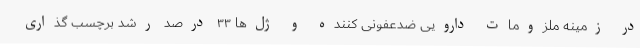
در زمینه ملزومات دارویی ضدعفونی کننده و ژل‌ها ۳۳ درصد رشد برچسب‌ گذاری